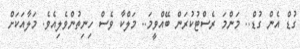
ގުޑް އެން ގުޑް.. މަންމަ ރެސްޓުކުުރަން ބޭއްވީމަ.. މަލްކާ ވެސް ހިނިތުންވެލިއެވެ. މަލާއަކަށް